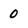
Character: 0